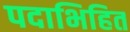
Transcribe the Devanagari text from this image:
पदाभिहित